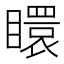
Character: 䁵